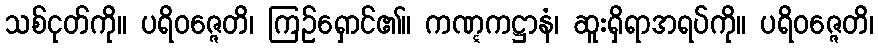
သစ်ငုတ်ကို။ ပရိဝဇ္ဇေတိ၊ ကြဉ်ရှောင်၏။ ကဏ္ဋကဋ္ဌာနံ၊ ဆူးရှိရာအရပ်ကို။ ပရိဝဇ္ဇေတိ၊